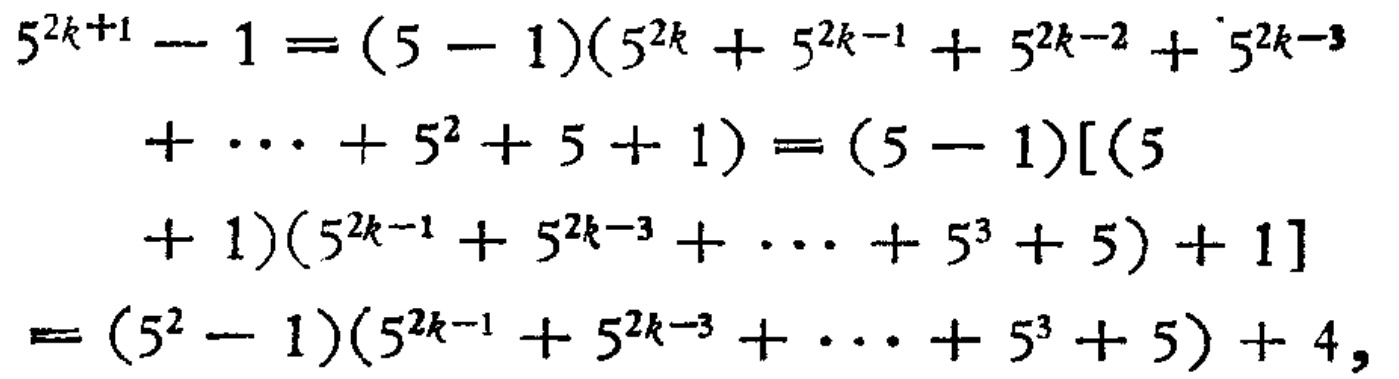
\[

\begin{align*}

5^{2k + 1}-1&=(5 - 1)(5^{2k}+5^{2k - 1}+5^{2k - 2}+5^{2k - 3}\\

&\quad+\cdots+5^{2}+5 + 1)=(5 - 1)[(5\\

&\quad+1)(5^{2k - 1}+5^{2k - 3}+\cdots+5^{3}+5)+1]\\

&=(5^{2}-1)(5^{2k - 1}+5^{2k - 3}+\cdots+5^{3}+5)+4,

\end{align*}

\]